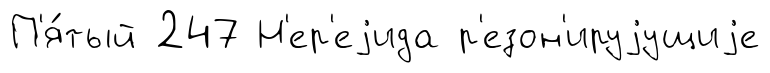
П'я́тый 247 Н'ер'еjида р'езон'ируjущиjе